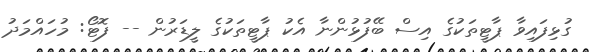
ގުޅިފައިވާ ޕާޓީތަކުގެ އިސް ބޭފުޅުންނާ އެކު ޕާޓީތަކުގެ ލީޑަރުން -- ފޮޓޯ: މުހައްމަދު